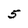
Character: 5